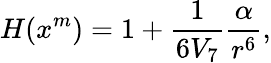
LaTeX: H(x^{m})=1+\frac{1}{6V_{7}}\frac{\alpha}{r^{6}},